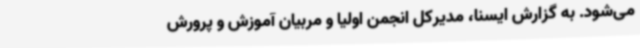
می‌شود. به گزارش ایسنا، مدیرکل انجمن اولیا و مربیان آموزش و پرورش